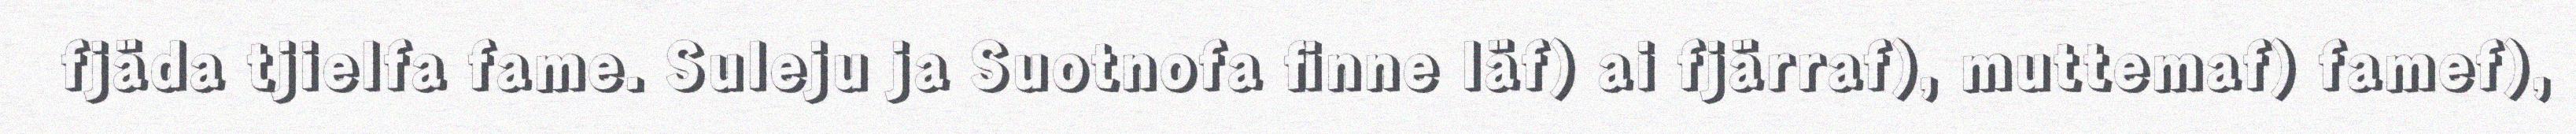
fjäda tjielfa fame. Suleju ja Suotnofa finne läf) ai fjärraf), muttemaf) famef),